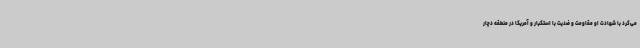
می‌کرد با شهادت او مقاومت و ضدیت با استکبار و آمریکا در منطقه دچار